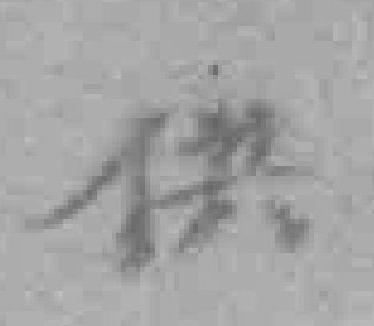
供